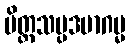
မိတ္တသမ္ပဒမာဂမ္မ